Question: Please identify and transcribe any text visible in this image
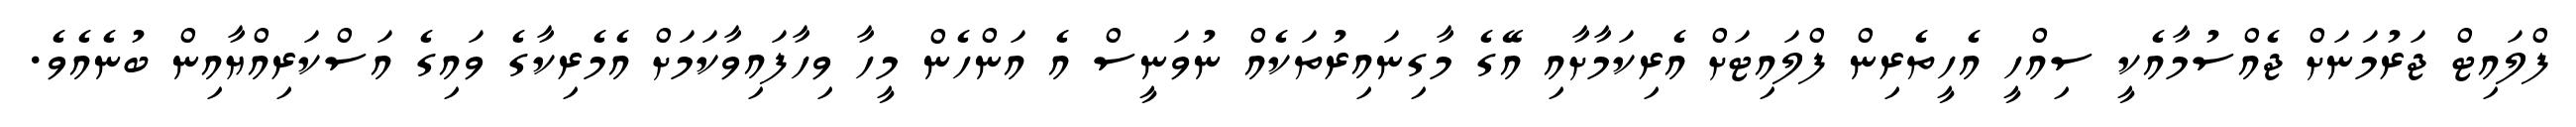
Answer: ފްލައިޓް ޖަރުމަނަށް ޖެއްސުމާއެކީ ސިއްހީ އެހީތެރިން ފްލައިޓަށް އެރިކަމާށާއި އޭގެ މާގިނައިރުތަކެއް ނުވަނީސް އެ އަންހެން މީހާ ވިހާފައިވާކަމަށް އެމެރިކާގެ ވައިގެ އަސްކަރިއްޔާއިން ބުނެއެވެ.